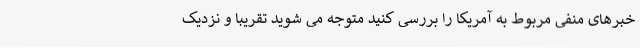
خبرهای منفی مربوط به آمریکا را بررسی کنید متوجه می شوید تقریبا و نزدیک